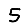
Digit: 5